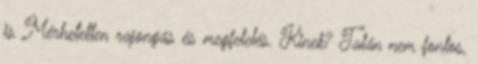
is Mérhetetlen rajongás és megfelelés. Kinek? Talán nem fontos,